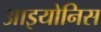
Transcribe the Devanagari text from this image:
आइयोनिस